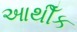
આથીઁક